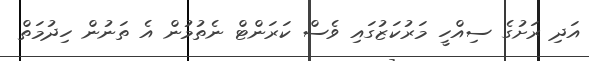
އަދި ރަށުގެ ސިއްހީ މަރުކަޒުގައި ވެސް ކަރަންޓް ނެތުމުން އެ ތަނުން ހިދުމަތް